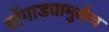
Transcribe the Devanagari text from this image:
सोंगाड्यामुळेच